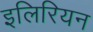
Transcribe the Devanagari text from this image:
इलिरियन